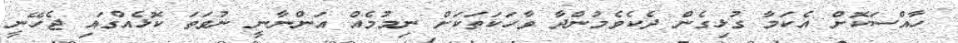
ހާއްސަކޮށް އެކަމާ ގުޅިގެން ދެކެވެމުންދާ ވާހަކަތަކަށް ނިމުމެއް އަންނާނީ ނުވަތަ ކޮޅެއްގައި ޖެހޭނީ